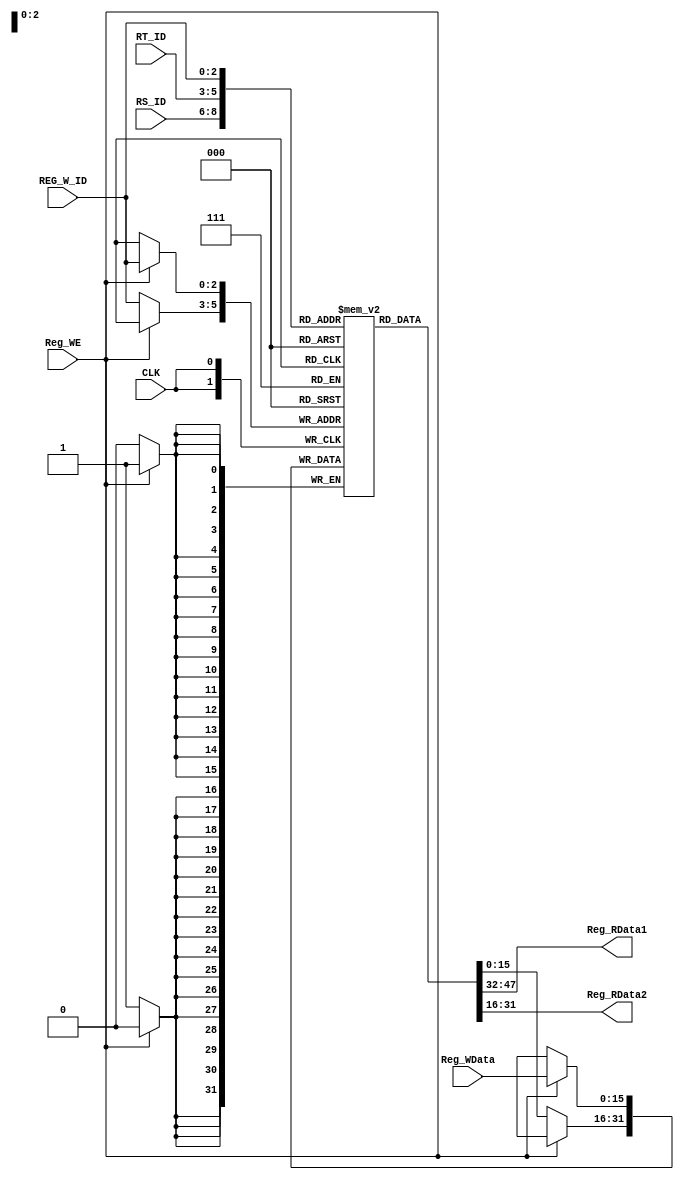
`timescale 1ns / 1ps

module Reg(CLK, RS_ID, RT_ID, REG_W_ID, Reg_WE, Reg_RData1, Reg_RData2, Reg_WData );
	input CLK ;
	input [2:0] RS_ID, RT_ID , REG_W_ID;
	input Reg_WE;
	input [15:0] Reg_WData;
	output [15:0] Reg_RData1;
	output [15:0] Reg_RData2;
	reg signed [15:0] Register [0:7];
	
	/*add your code here*/
	
	assign Reg_RData1 = Register[RS_ID];
	assign Reg_RData2 = Register[RT_ID];
	
	
	
	always@(posedge CLK) begin
		if( Reg_WE == 1 )
			Register[REG_W_ID] <= Reg_WData;
		else 
			Register[REG_W_ID] <= Register[REG_W_ID];
		
	end

endmodule